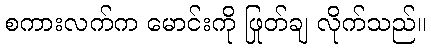
စကားလက်က မောင်းကို ဖြုတ်ချ လိုက်သည်။